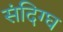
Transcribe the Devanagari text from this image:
संदिग्घ